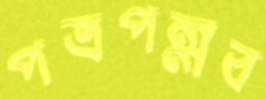
পত্রপল্লব